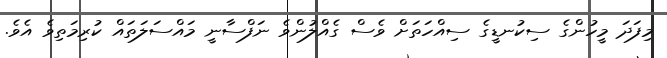
މިފަދަ މީހުންގެ ސިކުނޑީގެ ސިއްހަތަށް ވެސް ގެއްލުންވެ ނަފްސާނީ މައްސަލަތައް ކުރިމަތިވެ އެވެ.